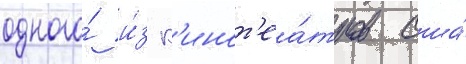
одного́ и́з к'инот'еа́тров сша́